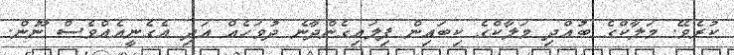
ކުރެވޭ. މަލާކްގެ ބުއްދި މަލާކްގެ ކިބައިން ފިލައިގެންދާނެ ދުވަހެއް އަދި އެގެނީއެއްވެސް ނޫން.